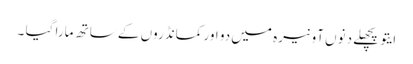
ایتو پچھلے دنوں آونیرہ میں دو اور کمانڈروں کے ساتھ مارا گیا ۔